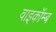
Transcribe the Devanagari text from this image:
वाइकॉम्ब